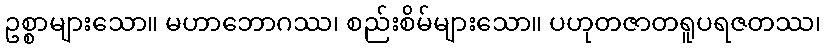
ဥစ္စာများသော။ မဟာဘောဂဿ၊ စည်းစိမ်များသော။ ပဟုတဇာတရူပရဇတဿ၊